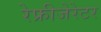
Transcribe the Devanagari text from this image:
रेफ्रीजेरेटर